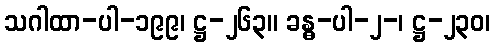
သဂါထာ-ပါ-၁၉၉၊ ဋ္ဌ-၂၆၃။ ခန္ဓ-ပါ-၂-၊ ဋ္ဌ-၂၃၀၊